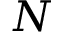
N